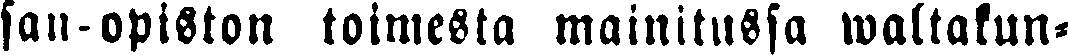
sau opiston toimesta mainitussa waltakun-